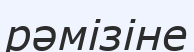
рәмізіне